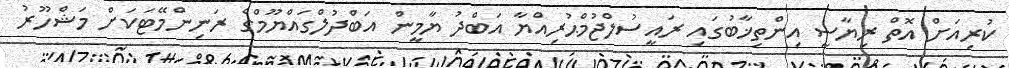
ކުރިއަށް އޮތް ރިޔާސީ އިންތިޚާބުގައި ރައީސުލްޖުމްޙުރިއްޔާ އަބްދު ޔާމީން އަބްދުލްގައްޔޫމްގެ ރަނިންމޭޓަކަށް މަޝްހޫރު